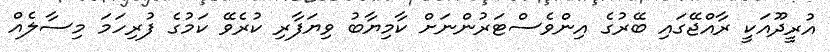
އުރީދޫއަކީ ރާއްޖޭގައި ބޭރުގެ އިންވެސްޓަރުންނަށް ކާމިޔާބު ވިޔަފާރި ކުރެވޭ ކަމުގެ ފުރިހަމަ މިސާލެއް